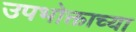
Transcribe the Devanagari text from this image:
उपभोक्ताच्या